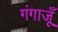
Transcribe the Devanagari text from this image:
गंगाजूँ